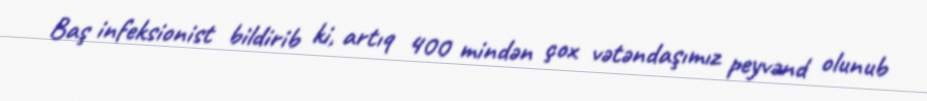
Baş infeksionist bildirib ki, artıq 400 mindən çox vətəndaşımız peyvənd olunub